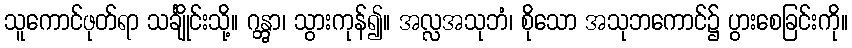
သူကောင်ဖုတ်ရာ သင်္ချိုင်းသို့။ ဂန္တွာ၊ သွားကုန်၍။ အလ္လအသုဘံ၊ စိုသော အသုဘကောင်၌ ပွားစေခြင်းကို။